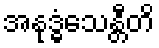
အနုဒ္ဓံသေန္တီတိ